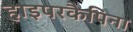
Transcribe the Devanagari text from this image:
हाइपरकैपिना